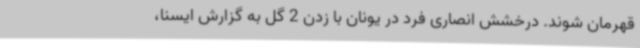
قهرمان شوند. درخشش انصاری فرد در یونان با زدن 2 گل به گزارش ایسنا،